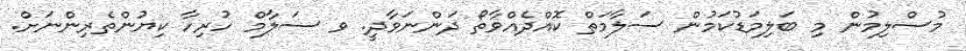
މުސްލިމުން މި ބަލިމަޑުކަމުން ސަލާމަތް ކޮއްދެއްވާތޯ ދަންނަވާދީ. ވ ސަލާމް ހުރިހާ ކިޔުންތެރިންނަށް.